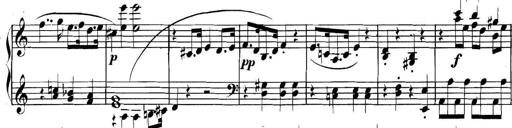
Title: Collected Piano Sonatas
Composer: Muzio Clementi